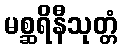
မစ္ဆရိနီသုတ္တံ